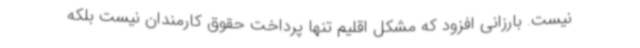
نیست. بارزانی افزود که مشکل اقلیم تنها پرداخت حقوق کارمندان نیست بلکه